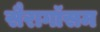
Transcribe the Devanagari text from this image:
सैरागॉसम